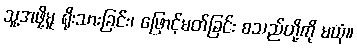
သူ့အဖို့မူ ရိုးသားခြင်း၊ ဖြောင့်မတ်ခြင်း စသည်တို့ကို မယုံ။